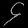
Digit: ၄